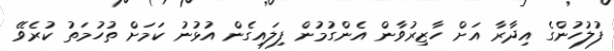
ފުލުހުންގެ އިދާރާ އަށް ހާޒިރުވާން އެންގުމުން ފިލައިގެން އުޅުނު ކަމަށް ތުހުމަތު ކުރެވޭ